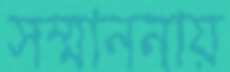
সম্মাননায়